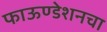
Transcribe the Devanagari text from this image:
फाऊण्डेशनचा